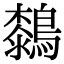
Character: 𪄭